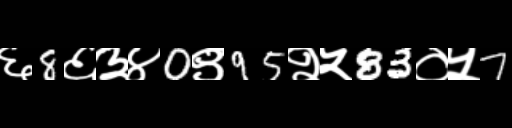
Text: ६8६३४0९95२५83०५7